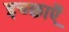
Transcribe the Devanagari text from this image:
इच्छाऍं